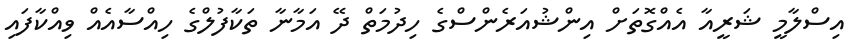
އިސްލާމީ ޝަރީއާ އެއްގޮތަށް އިންޝުއަރެންސްގެ ހިދުމަތް ދޭ އަމާނާ ތަކާފުލްގެ ހިއްސާއެއް ވިއްކާފައި